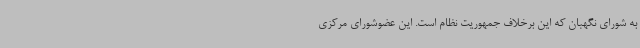
به شورای نگهبان که این برخلاف جمهوریت نظام است. این عضوشورای مرکزی